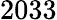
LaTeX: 2033